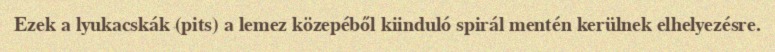
Ezek a lyukacskák (pits) a lemez közepéből kiinduló spirál mentén kerülnek elhelyezésre.